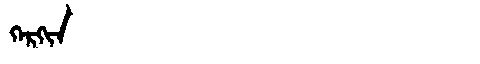
Manchu: ᡴᡝᡵᡴᡳᠨ
Romanization: KERKIN